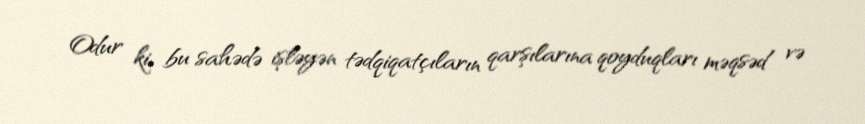
Odur ki, bu sahədə işləyən tədqiqatçıların qarşılarına qoyduqları məqsəd və